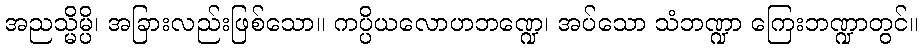
အညသ္မိမ္ပိ၊ အခြားလည်းဖြစ်သော။ ကပ္ပိယလောဟဘဏ္ဍေ၊ အပ်သော သံဘဏ္ဍာ ကြေးဘဏ္ဍာတွင်။